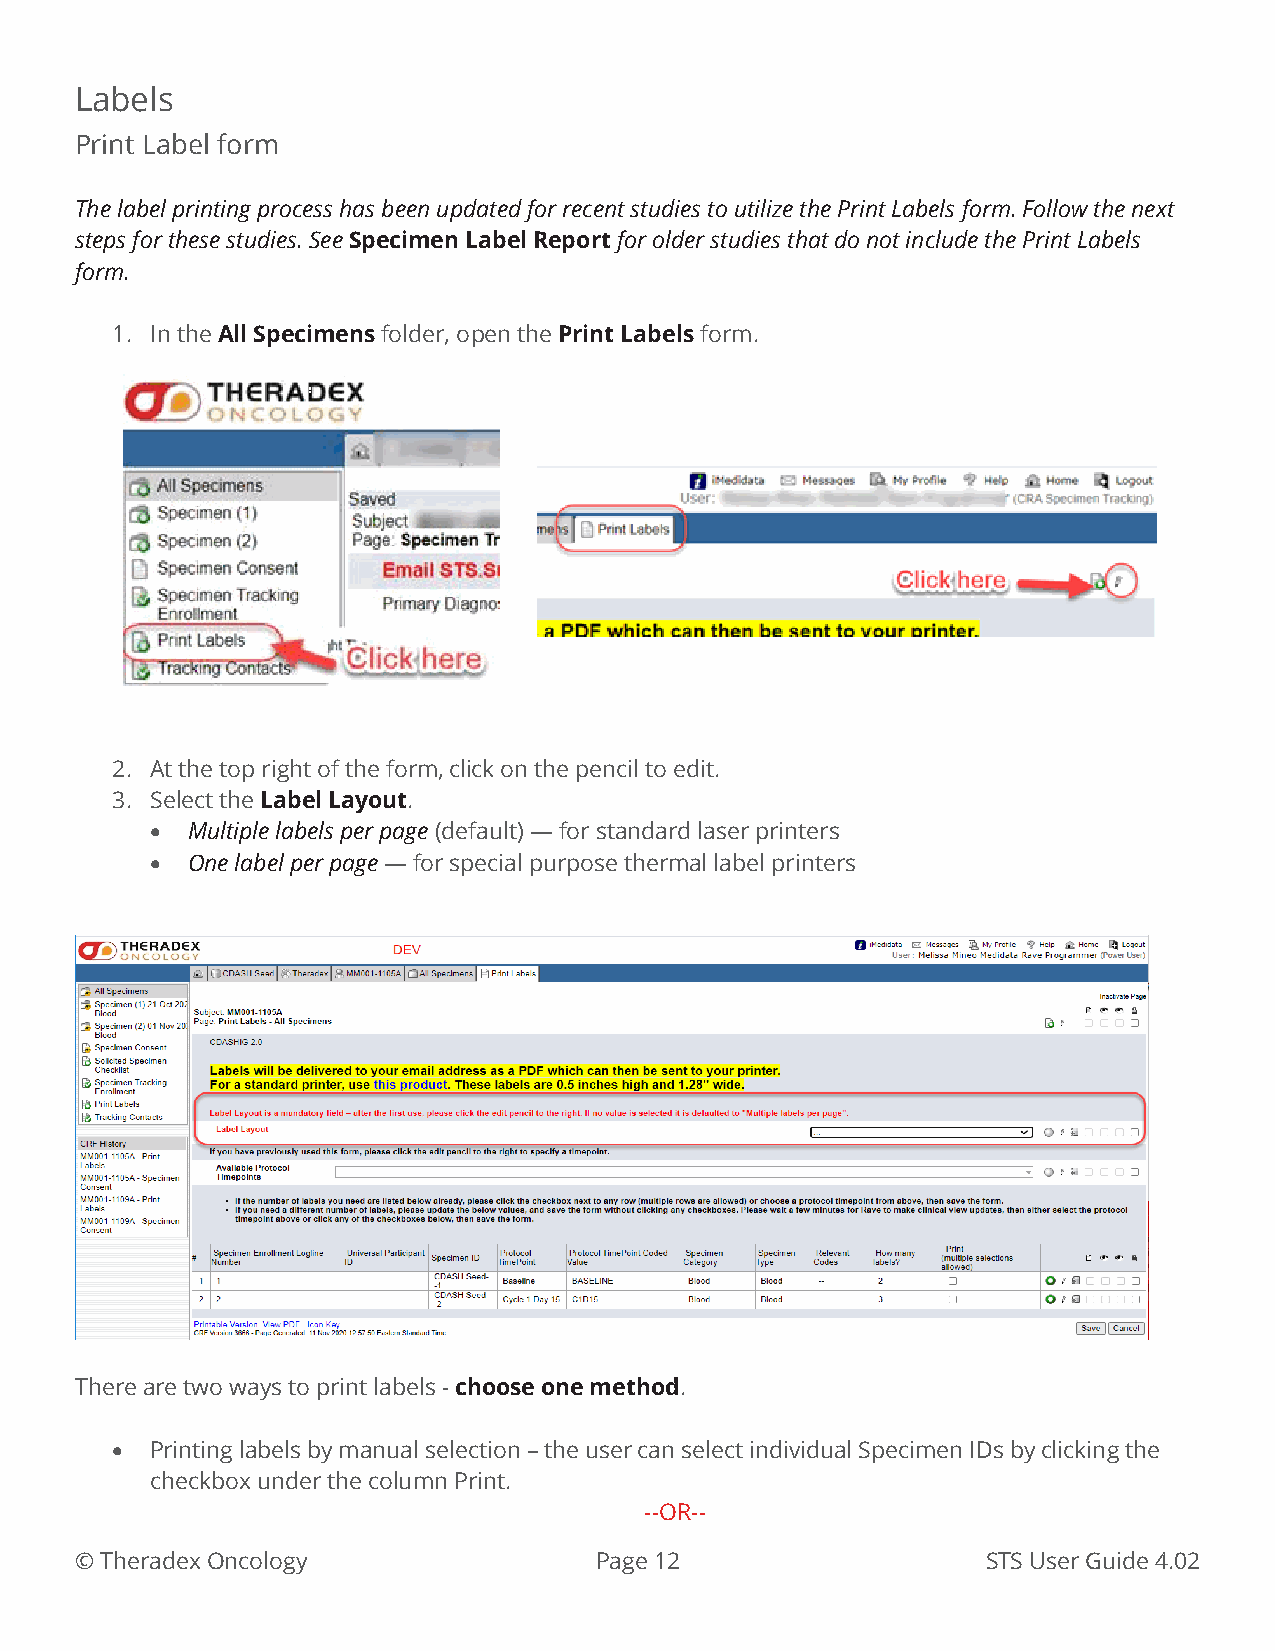
Labels
 Print Label form
 The label printing process has been updated for recent studies to utilize the Print Labels form. Follow the next
 steps for these studies. See Specimen Label Report for older studies that do not include the Print Labels
 form.
 1. In the All Specimens folder, open the Print Labels form.
 2. At the top right of the form, click on the pencil to edit.
 3. Select the Label Layout.
 • Multiple labels per page (default) — for standard laser printers
 • One label per page — for special purpose thermal label printers
 There are two ways to print labels - choose one method.
 •  Printing labels by manual selection – the user can select individual Specimen IDs by clicking the
 checkbox under the column Print.
 --OR--
 © Theradex Oncology               Page 12                   STS User Guide 4.02